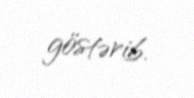
göstərib.